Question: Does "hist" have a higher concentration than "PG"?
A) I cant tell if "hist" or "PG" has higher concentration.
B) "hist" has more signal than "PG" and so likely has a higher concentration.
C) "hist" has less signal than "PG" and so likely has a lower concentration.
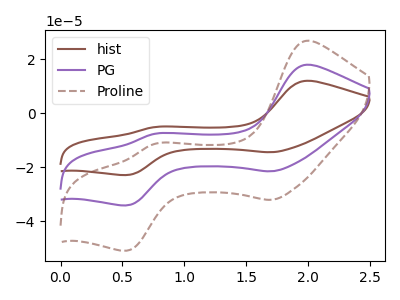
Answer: <think>The brown curve "hist" has anodic peaks at (2.00V, 12.10uA) (0.75V, -5.10uA) and cathodic peaks at (1.70V, -14.40uA) (0.55V, -22.85uA). The purple curve "PG" has anodic peaks at (2.00V, 18.05uA) (0.75V, -7.60uA) and cathodic peaks at (1.70V, -21.45uA) (0.55V, -34.10uA). The brown dashed curve "Proline" has anodic peaks at (2.00V, 36.05uA) (0.75V, -15.15uA) and cathodic peaks at (1.70V, -42.90uA) (0.55V, -68.15uA).
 All the peaks in "hist" have a peak in "PG" at the same potential.</think>
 <answer>A) I cant tell if "hist" or "PG" has higher concentration.</answer>
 <eval>A</eval>